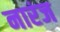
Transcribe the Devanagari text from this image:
नारंज